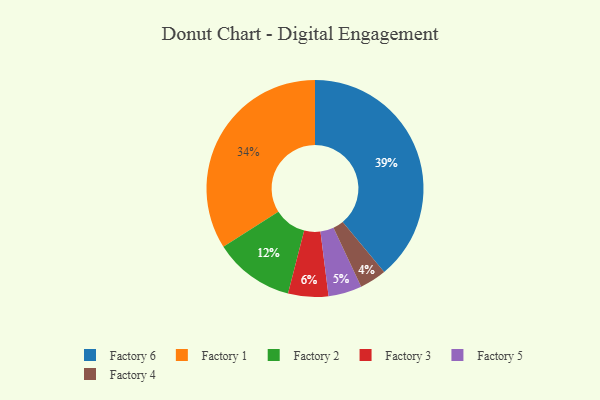
{"axis": {"x": "Category", "y": "Percentage"}, "legend": ["Factory 1", "Factory 2", "Factory 3", "Factory 4", "Factory 5", "Factory 6"], "data": [{"x": "Factory 6", "y": 39, "type": "Factory 6"}, {"x": "Factory 1", "y": 34, "type": "Factory 1"}, {"x": "Factory 3", "y": 6, "type": "Factory 3"}, {"x": "Factory 5", "y": 5, "type": "Factory 5"}, {"x": "Factory 2", "y": 12, "type": "Factory 2"}, {"x": "Factory 4", "y": 4, "type": "Factory 4"}]}